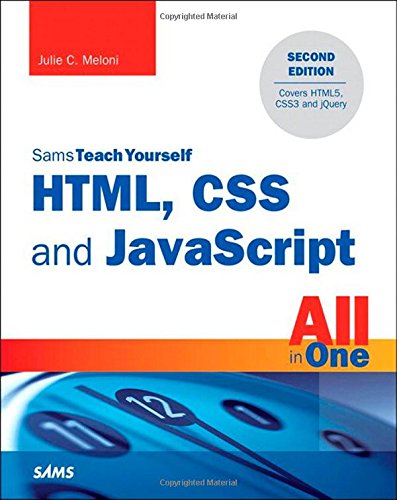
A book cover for HTML, CSS and JavaScript All in One, Sams Teach Yourself: Covering HTML5, CSS3, and jQuery (2nd Edition); Julie C. Meloni; Computers & Technology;